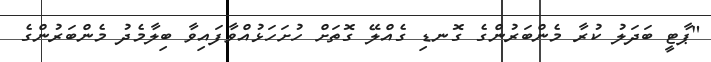
"ޕާޓީ ބަދަލު ކުރާ މެންބަރުންގެ ގޮނޑި ގެއްލޭ ގޮތަށް ހުށަހަޅުއްވާފައިވާ ބިލާމެދު މެންބަރުންގެ